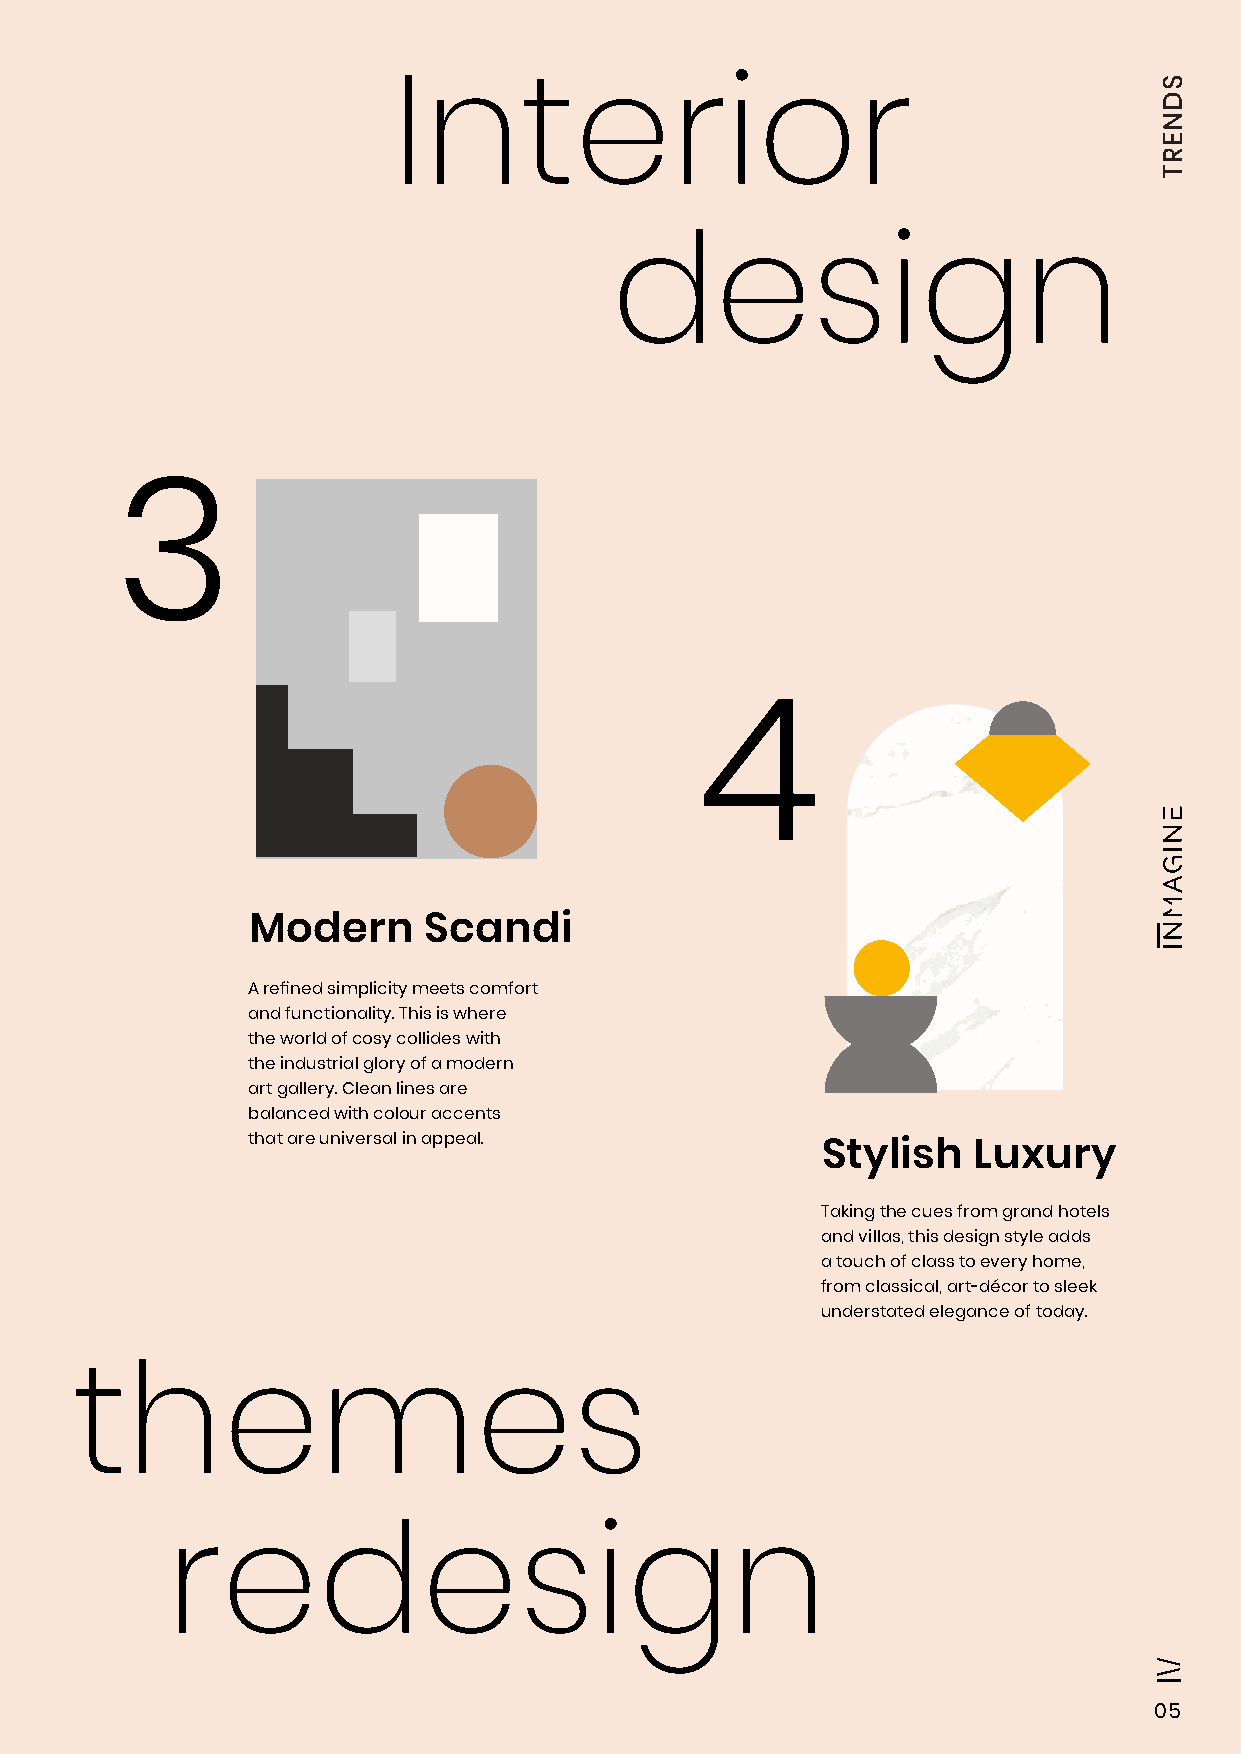
Interior
 design
 3
 4
 Modern      Scandi
 A refined simplicity meets comfort
 and functionality. This is where
 the world of cosy collides with
 the industrial glory of a modern
 art gallery. Clean lines are
 balanced with colour accents
 that are universal in appeal.
 Stylish   Luxury
 Taking the cues from grand hotels
 and villas, this design style adds
 a touch of class to every home,
 from classical, art-décor to sleek
 understated elegance of today.
 themes
 redesign
 05
 SDNERT